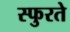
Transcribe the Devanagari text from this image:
स्फुरते